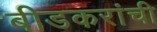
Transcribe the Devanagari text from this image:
बीडकरांची